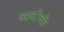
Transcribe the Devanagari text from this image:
ज्स्चोच्के